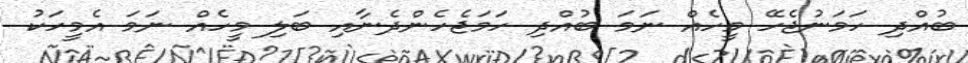
ބުއްދި ހަމަނުޖެހޭ މީހެއް ނަމަ ބުއްދި ހަމަޖެހެންދެނާއި ބަލި މީހެއް ނަމަ އެމީހަކު